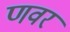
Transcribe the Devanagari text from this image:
णवर